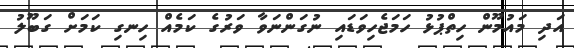
އަދި މައުމޫން ހިތްޕުޅު ހަމަޖެހިވަޑައި ނުގަންނަވާ ވަރުގެ ކަމެއް ހިނގި ކަމަށް ގަބޫލު